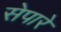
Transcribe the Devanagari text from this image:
सेपारे